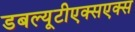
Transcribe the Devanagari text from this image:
डबल्यूटीएक्सएक्स